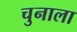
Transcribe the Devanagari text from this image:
चुनाला